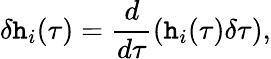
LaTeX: \delta\mathtt{h}_{i}(\tau)=\frac{{d}}{{d\tau}}(\mathtt{h}_{i}(\tau)\delta\tau),